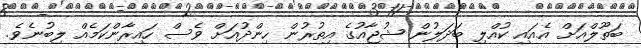
ބަތޫލްއަށް އެއައި ކުއްލި ބަދަލުން ޝުޖާއުގެ އިތުރުން ހިންދުއަށް ވެސް ހައިރާންކަމެއް ލިބުނެވެ.